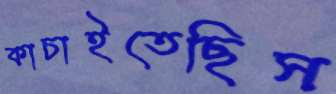
কাচাইতেছিস